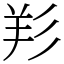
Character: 羏